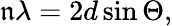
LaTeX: \mathfrak{n}\lambda=2d\sin\Theta,